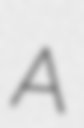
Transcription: A